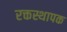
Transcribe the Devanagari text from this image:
रक्तस्थापक